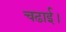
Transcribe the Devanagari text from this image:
चढाई।